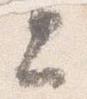
上